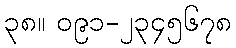
၃၈။ ၀၉၁-၂၃၄၅၆၇၈